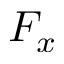
F _ { x }